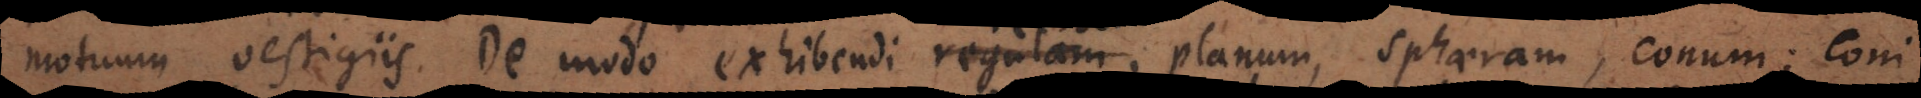
motuum vestigiis. De modo exhibendi regulam, planum, sphaeram, conum; coni